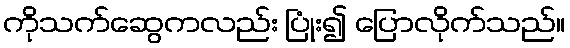
ကိုသက်ဆွေကလည်း ပြုံး၍ ပြောလိုက်သည်။